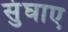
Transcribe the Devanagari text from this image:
सुंघाए